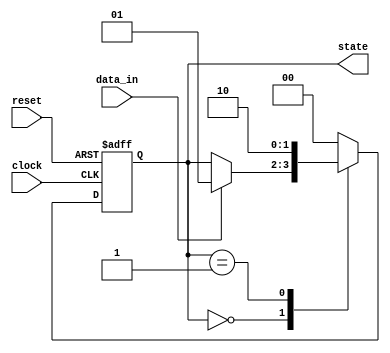
module fsm_example (
    input wire clock,
    input wire reset,
    input wire data_in,
    output reg [1:0] state
);

    // State encoding
    localparam STATE_0 = 2'b00;
    localparam STATE_1 = 2'b01;
    localparam STATE_2 = 2'b10;

    // Initial state
    initial begin
        state = STATE_0;
    end

    // Synchronous logic on the positive edge of the clock
    always @(posedge clock or posedge reset) begin
        if (reset) begin
            // Reset the state to initial state
            state <= STATE_0;
        end else begin
            // State transition logic
            case (state)
                STATE_0: begin
                    if (data_in) begin
                        state <= STATE_1; // Transition to STATE_1 on data_in high
                    end
                end
                STATE_1: begin
                    state <= STATE_2; // Transition to STATE_2
                end
                STATE_2: begin
                    state <= STATE_0; // Transition back to STATE_0
                end
                default: begin
                    state <= STATE_0; // Default case
                end
            endcase
        end
    end

    // Synchronous logic on the negative edge of the clock
    always @(negedge clock) begin
        // Example operation on negative edge
        // This can be used for additional data processing or state checks
        // Here we can just print the current state (for simulation purposes)
        $display("Current state at negative edge: %b", state);
    end

endmodule